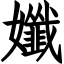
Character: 孅